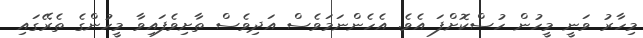
މިހާރު ވަނީ މީހުން ހުސްކޮށްފަ އެވެ. އެހެންނަމަވެސް އަދިވެސް ތާށިވެފައިވާ މީހުންގެ ތެރޭގައި